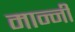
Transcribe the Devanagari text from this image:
मान्नी